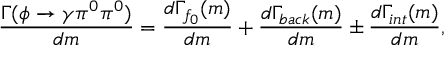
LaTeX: \frac { \Gamma ( \phi \to \gamma \pi ^ { 0 } \pi ^ { 0 } ) } { d m } = \frac { d \Gamma _ { f _ { 0 } } ( m ) } { d m } + \frac { d \Gamma _ { b a c k } ( m ) } { d m } \pm \frac { d \Gamma _ { i n t } ( m ) } { d m } ,